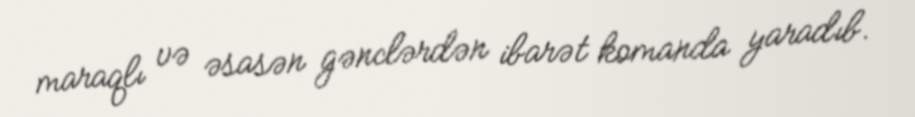
maraqlı və əsasən gənclərdən ibarət komanda yaradıb.